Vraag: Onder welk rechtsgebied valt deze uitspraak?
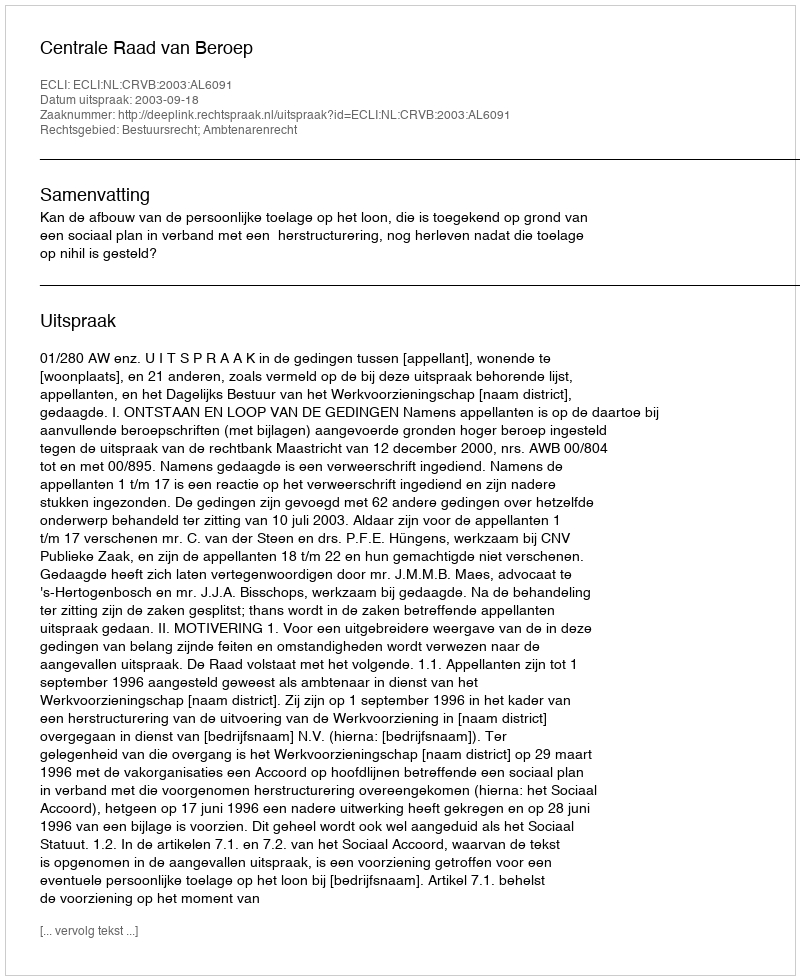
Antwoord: Bestuursrecht; Ambtenarenrecht